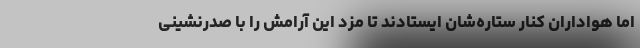
اما هواداران کنار ستاره‌شان ایستادند تا مزد این آرامش را با صدرنشینی